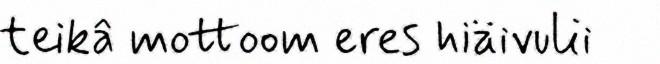
teikâ mottoom eres hiäivulii